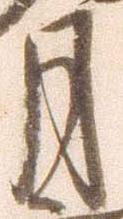
月